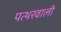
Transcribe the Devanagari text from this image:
पत्थरवाली